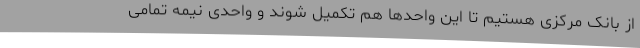
از بانک مرکزی هستیم تا این واحدها هم تکمیل شوند و واحدی نیمه تمامی